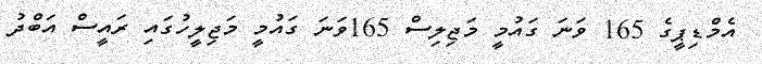
އެމްޑިޕީގެ 165 ވަނަ ގައުމީ މަޖިލިސް 165ވަނަ ގައުމީ މަޖިލީހުގައި ރައީސް އަބްދު